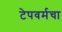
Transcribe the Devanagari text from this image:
टेपवर्मचा